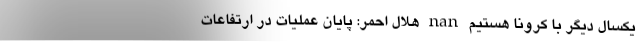
یکسال دیگر با کرونا هستیم nan هلال احمر: پایان عملیات در ارتفاعات